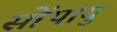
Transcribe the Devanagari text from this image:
सोंपायुं